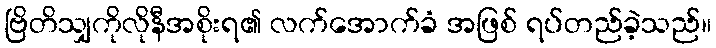
ဗြိတိသျှကိုလိုနီအစိုးရ၏ လက်အောက်ခံ အဖြစ် ရပ်တည်ခဲ့သည်။